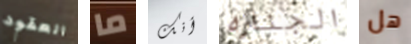
العقود ما أنك الجنازه هل